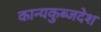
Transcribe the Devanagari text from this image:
कान्यकुब्जदेश